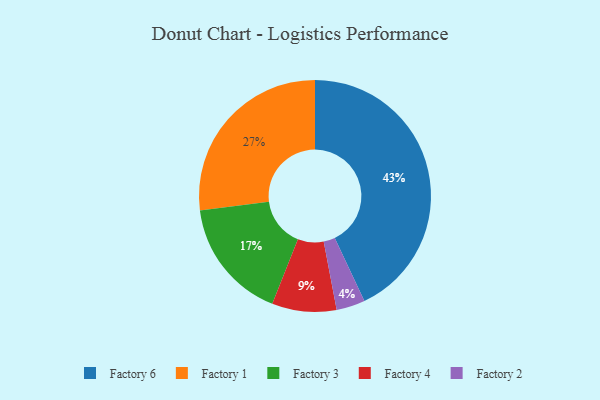
{"axis": {"x": "Category", "y": "Percentage"}, "legend": ["Factory 1", "Factory 2", "Factory 3", "Factory 4", "Factory 6"], "data": [{"x": "Factory 3", "y": 17, "type": "Factory 3"}, {"x": "Factory 2", "y": 4, "type": "Factory 2"}, {"x": "Factory 4", "y": 9, "type": "Factory 4"}, {"x": "Factory 6", "y": 43, "type": "Factory 6"}, {"x": "Factory 1", "y": 27, "type": "Factory 1"}]}